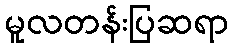
မူလတန်းပြဆရာ